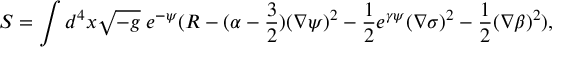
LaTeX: S = \int d ^ { 4 } x \sqrt { - g } \; e ^ { - \psi } ( R - ( \alpha - \frac { 3 } { 2 } ) ( \nabla \psi ) ^ { 2 } - \frac { 1 } { 2 } e ^ { \gamma \psi } ( \nabla \sigma ) ^ { 2 } - \frac { 1 } { 2 } ( \nabla \beta ) ^ { 2 } ) ,